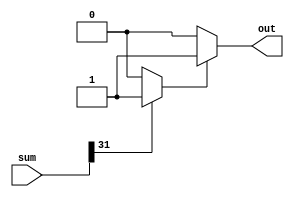
module sign_control(out,sum);
output out;
input [31:0]sum;
reg  scontrol;
always @(sum)
begin
if (sum[31]==1'b1)
	scontrol=1'b1;
else
	scontrol=1'b0;
end
assign out = scontrol ? 1'b1:1'b0;
endmodule